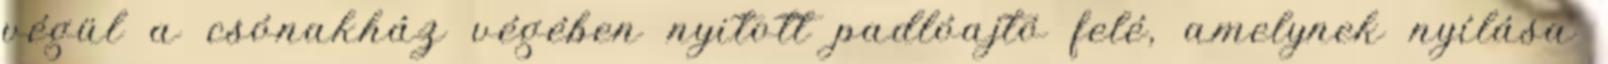
végül a csónakház végében nyitott padlóajtó felé, amelynek nyílása